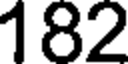
182